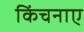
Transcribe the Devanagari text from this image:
किंचनाए